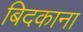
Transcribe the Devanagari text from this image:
बिदकाना